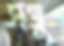
সঞ্জু